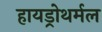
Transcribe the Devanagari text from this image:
हायड्रोथर्मल